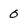
Character: 0